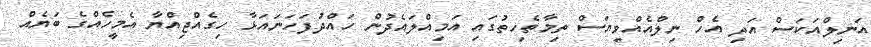
އަނިލްއަކަސް އަދި އެހެް ނިލްއެއްވިޔަސް ތިމާތެހިތުގައި އަމިއްލައެދުން ހައްދުފަހަނައަޅާ ހިގެއްޖިއްޔާ އެމީހެއްގެ ބަޔެއް